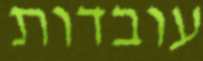
עובדות